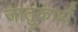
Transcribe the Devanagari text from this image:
जातुकर्ण्य